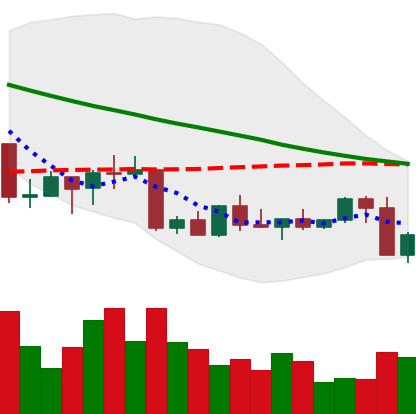
Ticker: NEO-USD
Chart end date: 2022-09-07
Forward return: 11.394%
Label: up_7plus